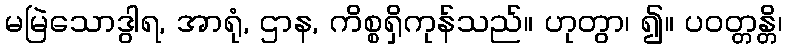
မမြဲသောဒွါရ, အာရုံ, ဌာန, ကိစ္စရှိကုန်သည်။ ဟုတွာ၊ ၍။ ပဝတ္တန္တိ၊